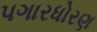
પગારધોરણ